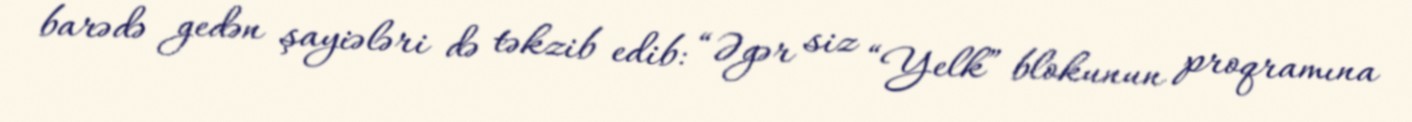
barədə gedən şayiələri də təkzib edib: “Əgər siz “Yelk” blokunun proqramına